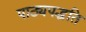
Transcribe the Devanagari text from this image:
पाठ्यपद्धति